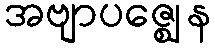
အဗျာပဇ္ဈေန